Civil Veterinary Department Bengal reports 1933-51 - 1933-1951
Year: 1933
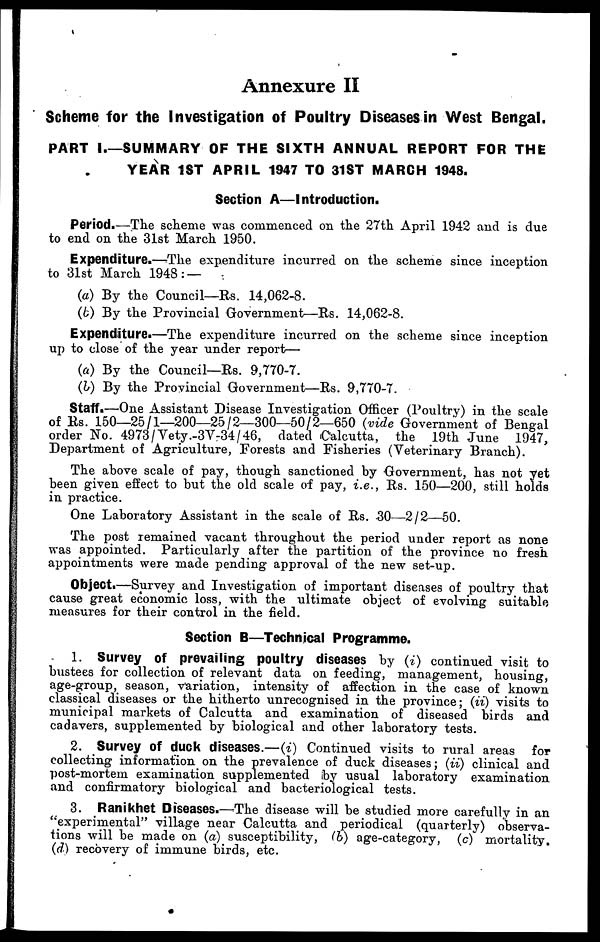
Annexure II
Scheme for the Investigation of Poultry Diseases in West Bengal.
PART I.—SUMMARY OF THE SIXTH ANNUAL REPORT FOR THE
YEAR 1ST APRIL 1947 TO 31ST MARCH 1948.
Section A—Introduction.
Period.—The scheme was commenced on the 27th April 1942 and is due
to end on the 31st March 1950.
Expenditure.—The expenditure incurred on the scheme since inception
to 31st March 1948:—
(a) By the Council—Rs. 14,062-8.
(b) By the Provincial Government—Rs. 14,062-8.
Expenditure.—The expenditure incurred on the scheme since inception
up to close of the year under report—
(a) By the Council—Rs. 9,770-7.
(b) By the Provincial Government—Rs. 9,770-7.
Staff.—One Assistant Disease Investigation Officer (Poultry) in the scale
of Rs. 150—25/1—200—25/2—300—50/2—650 (vide Government of Bengal
order No. 4973/Vety.-3V-34/46, dated (Calcutta, the 19th June 1947,
Department of Agriculture, Forests and Fisheries (Veterinary Branch).
The above scale of pay, though sanctioned by Government, has not yet
been given effect to but the old scale of pay, i.e., Rs. 150—200, still holds
in practice.
One Laboratory Assistant in the scale of Rs. 30—2/2—50.
The post remained vacant throughout the period under report as none
was appointed. Particularly after the partition of the province no fresh
appointments were made pending approval of the new set-up.
Object.—Survey and Investigation of important diseases of poultry that
cause great economic loss, with the ultimate object of evolving suitable
measures for their control in the field.
Section B—Technical Programme.
1. Survey of prevailing poultry diseases by (i) continued visit to
bustees for collection of relevant data on feeding, management, housing,
age-group, season, variation, intensity of affection in the case of known
classical diseases or the hitherto unrecognised in the province; (ii) visits to
municipal markets of Calcutta and examination of diseased birds and
cadavers, supplemented by biological and other laboratory tests.
2. Survey of duck diseases.—(i) Continued visits to rural areas for
collecting information on the prevalence of duck diseases; (ii) clinical and
post-mortem examination supplemented by usual laboratory examination
and confirmatory biological and bacteriological tests.
3. Ranikhet Diseases.—The disease will be studied more carefully in an
"experimental" village near Calcutta and periodical (quarterly) observa-
tions will be made on (a) susceptibility, (b) age-category, (c) mortality.
(d) recovery of immune birds, etc.